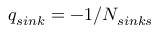
q _ { s i n k } = - 1 / N _ { s i n k s }